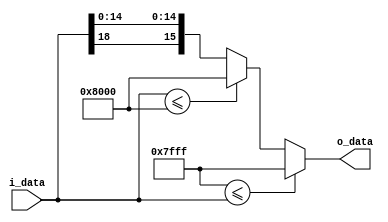
module saturation
#(parameter I=19, O=16)(
input signed [I-1:0] i_data,
output reg signed [O-1:0] o_data);//k is smaller than I_BW

reg signed [O-1:0] max = {1'b0,{(I-O){1'b0}},{(O-1){1'b1}}};//max   
reg signed [O-1:0] min = {1'b1,{(I-O){1'b1}},{(O-1){1'b0}}}; //min


always @(*) begin //{O_BW{1'b1}} fill 1bit until O_BW_bit.
	if(max<=i_data) begin
		o_data=max;
		end
	else if(i_data<=min) begin
		o_data=min;
		end
	else begin
		o_data={i_data[I-1],i_data[O-2:0]};
		end
	end

endmodule